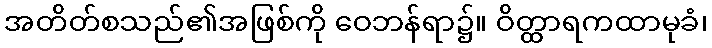
အတိတ်စသည်၏အဖြစ်ကို ဝေဘန်ရာ၌။ ဝိတ္ထာရကထာမုခံ၊